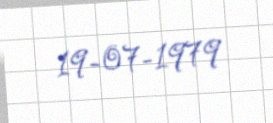
19-07-1979